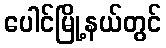
ပေါင်မြို့နယ်တွင်